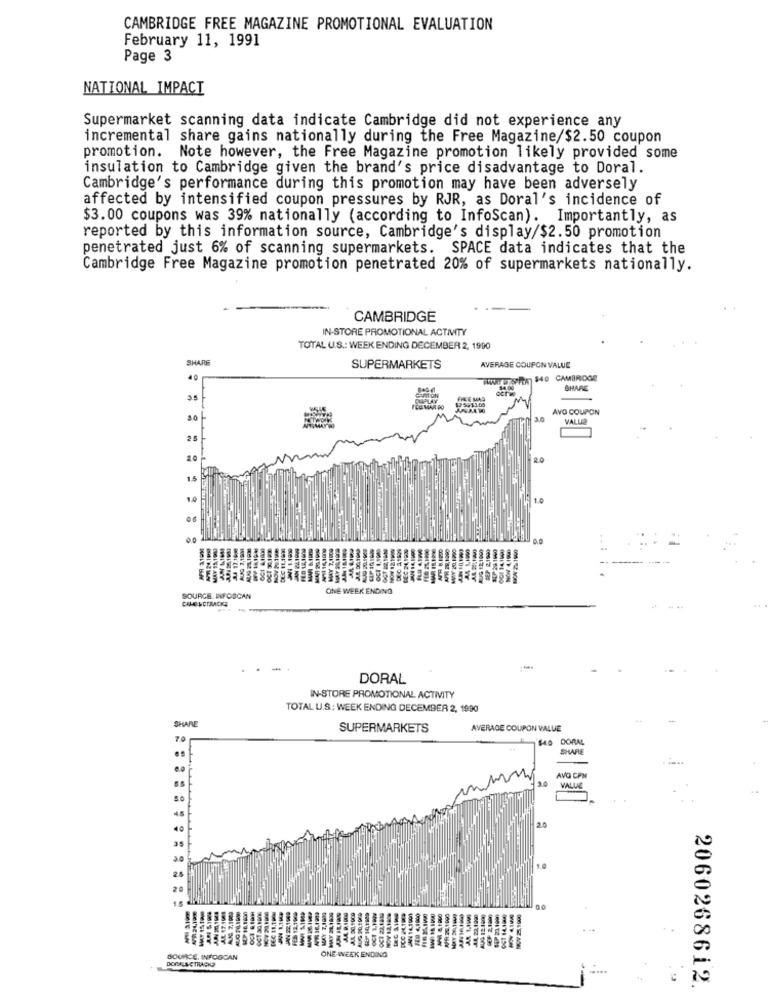
CAMBRIDGE FREE MAGAZINE PROMOTIONAL EVALUATION
February 11, 1991
Page 3
NATIONAL IMPACT
Supermarket scanning data indicate Cambridge did not experience any
incremental share gains nationally during the Free Magazine/$2.50 coupon
promotion. Note however, the Free Magazine promotion likely provided some
insulation to Cambridge given the brand's price disadvantage to Doral.
Cambridge's performance during this promotion may have been adversely
affected by intensified coupon pressures by RJR, as Doral's incidence of
$3.00 coupons was 39% nationally (according to InfoScan). Importantly, as
reported by this information source, Cambridge's display/$2.50 promotion
penetrated just 6% of scanning supermarkets. SPACE data indicates that the
Cambridge Free Magazine promotion penetrated 20% of supermarkets nationally.
CAMBRIDGE
IN-STORE PROMOTIONAL ACTIVITY
TOTAL U.S .: WEEK ENDING DECEMBER 2, 1990
SHARE
SUPERMARKETS
AVERAGE COUPON VALUE
40
WAT U STRIA $40 CAMBRIDGE
SHARE
3
FREMAD
AVO COUPON
36
VALUE
25
2.0
15
1.0
-- --
ONE WEEK ENDING
SOURCE INFOSCAN
DORAL
IN-STORE PROMOTIONAL ACTIVITY
TOTAL U.S: WEEK ENDING DECEMBER 2, 1990
SHARE
SUPERMARKETS
AVERAGE COUPON VALUE
$40 DORAL
SHARE
AVO CPN
VALUE
ONE WEEK ENDING
121.AON
DONALUCTRACKS
SOURCE, INFOGCAN
2060268612.